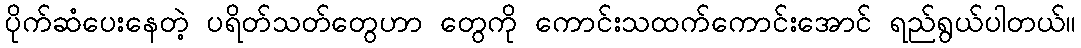
ပိုက်ဆံပေးနေတဲ့ ပရိတ်သတ်တွေဟာ တွေကို ကောင်းသထက်ကောင်းအောင် ရည်ရွယ်ပါတယ်။